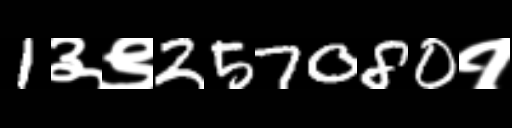
Text: 1३९257080१